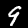
Digit: 9